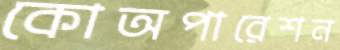
কোঅপারেশন